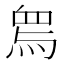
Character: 𤉱